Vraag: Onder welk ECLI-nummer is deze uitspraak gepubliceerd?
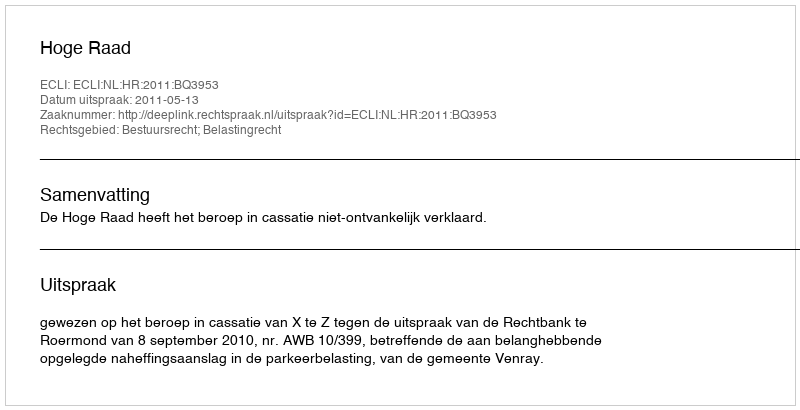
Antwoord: ECLI:NL:HR:2011:BQ3953